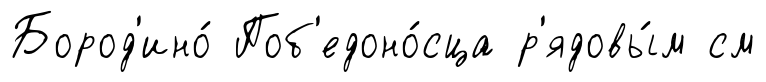
Бород'ино́ Поб'едоно́сца р'ядовы́м см